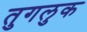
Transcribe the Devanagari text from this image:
तुगलुक